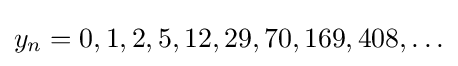
y_{n}=0,1,2,5,12,29,70,169,408,\ldots